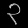
Digit: ၃